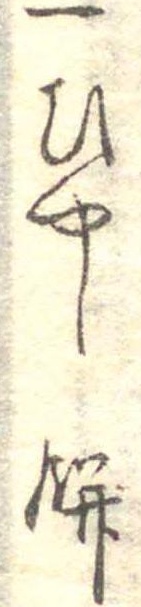
一ひやし餅